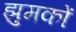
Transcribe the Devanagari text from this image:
झुमकों